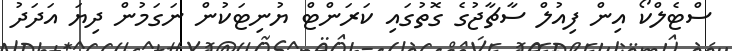
ސްޓެލްކޯ އިން ފިއުލް ސާޗާޖުގެ ގޮތުގައި ކަރަންޓް ޔުނިޓަކުން ނަގަމުން ދިޔަ އަދަދު